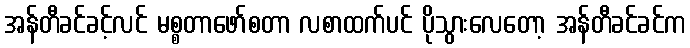
အန်တီခင်ခင့်လင် မစ္စတာဖော်စတာ လစာထက်ပင် ပိုသွားလေတော့ အန်တီခင်ခင်က